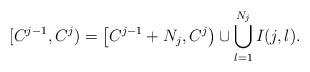
LaTeX: \begin{align*}[C^{j-1},C^j) = \left[ C^{j-1} + N_j, C^{j} \right) \cup \bigcup_{l=1}^{N_j} I(j,l).\end{align*}